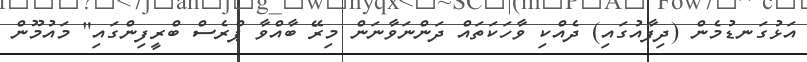
އަޅުގަނޑުމެން (ދިފާއުގައި) ދެއްކި ވާހަކަތައް ދަންނަވާނަން މިރޭ ބާއްވާ ޕްރެސް ބްރީފިންގައި" މައުމޫން